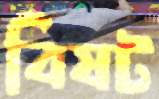
বিষট